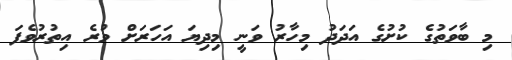
މި ބާވަތުގެ ކުށުގެ އަދަދު މިހާރު ވަނީ މިދިޔަ އަހަރަށް ވުރެ އިތުރުވެފަ